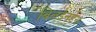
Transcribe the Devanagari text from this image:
बिलडेनडेन